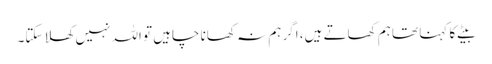
بیٹے کا کہنا تھا ہم کھاتے ہیں، اگر ہم نہ کھانا چاہیں تو اللہ نہیں کھلا سکتا۔